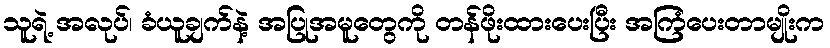
သူရဲ့ အလုပ်၊ ခံယူချက်နဲ့ အပြုအမူတွေကို တန်ဖိုးထားပေးပြီး အကြံပေးတာမျိုးက